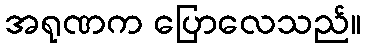
အရုဏက ပြောလေသည်။